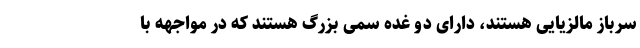
سرباز مالزیایی هستند، دارای دو غده سمی بزرگ هستند که در مواجهه با